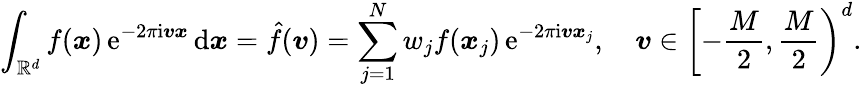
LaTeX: \int_{\mathbb R^{d}}f(\boldsymbol x)\, \mathrm e^{-2\pi\mathrm i\boldsymbol v\boldsymbol x}\, \mathrm d\boldsymbol x=\hat{f}(\boldsymbol v)=\sum_{j=1}^{N}w_{j}f(\boldsymbol x_{j})\, \mathrm e^{-2\pi\mathrm i\boldsymbol v\boldsymbol x_{j}},\quad\boldsymbol v\in\left[-\frac M2,\frac M2\right)^{d}.